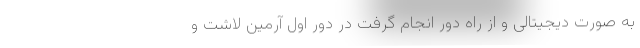
به صورت دیجیتالی و از راه دور انجام گرفت در دور اول آرمین لاشت و